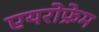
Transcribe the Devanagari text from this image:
एयरोफ्रेम